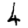
Digit: 4